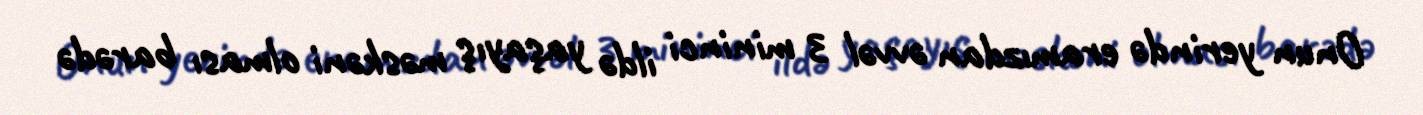
Onun yerində eramızdan əvvəl 3 mininci ildə yaşayış məskəni olması barədə